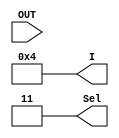
module test_mux41 (OUT, I, Sel);
	
	input OUT;
	output [3:0] I;
	output [1:0] Sel;
	
	reg [3:0] I;
	reg [1:0] Sel;

	initial begin
		I = 4'b0001;
		Sel = 2'b00;
		
		#10
		I = 4'b0100;
		Sel = 2'b10;
		
		#50
		I = 4'b0100;
		Sel = 2'b11;
	end
	
	initial
		$monitor ("%d, I3=%b, I2=%b, I1=%b, I0=%b, Sel=%b, OUT=%b", $time, I[3], I[2], I[1], I[0], Sel, OUT);

endmodule